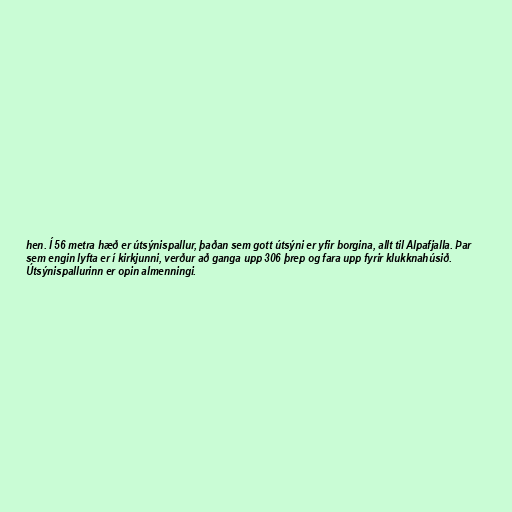
hen. Í 56 metra hæð er útsýnispallur, þaðan sem gott útsýni er yfir borgina, allt til Alpafjalla. Þar
sem engin lyfta er í kirkjunni, verður að ganga upp 306 þrep og fara upp fyrir klukknahúsið.
Útsýnispallurinn er opin almenningi.